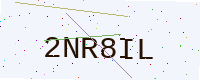
Text: 2NR8IL